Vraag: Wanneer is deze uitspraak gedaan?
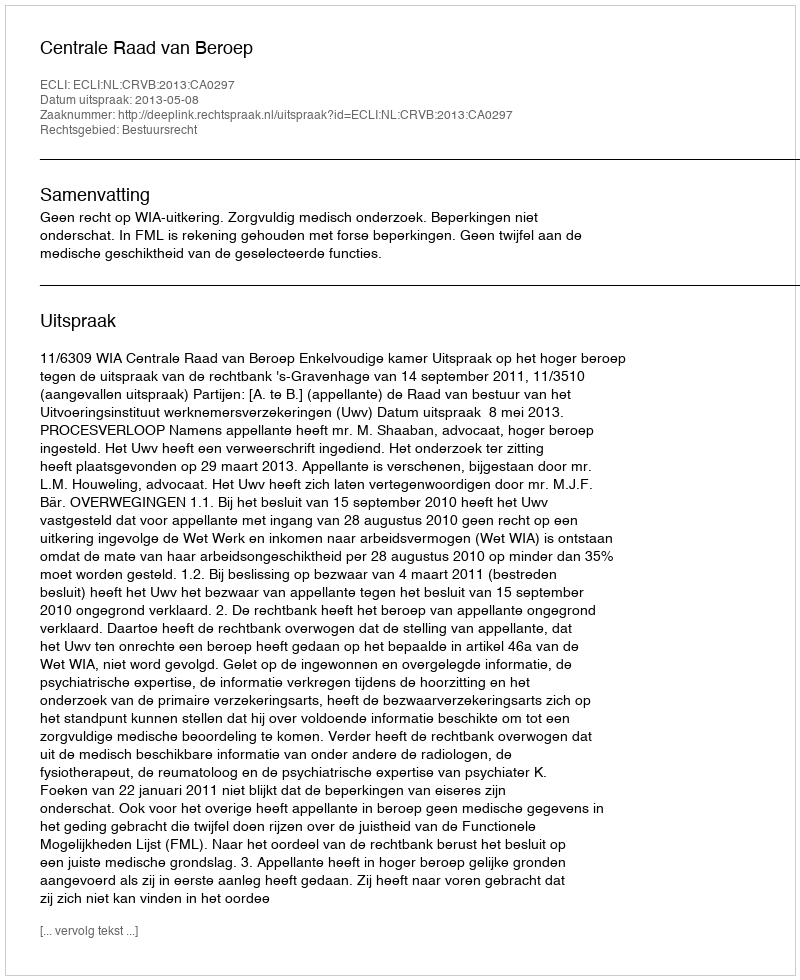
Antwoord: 2013-05-08